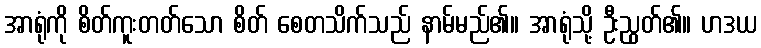
အာရုံကို စိတ်ကူးတတ်သော စိတ် စေတသိက်သည် နာမ်မည်၏။ အာရုံသို့ ဦးညွတ်၏။ ဟဒယ